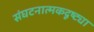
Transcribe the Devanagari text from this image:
संघटनात्मकदृष्ट्या